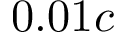
0 . 0 1 c